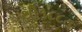
થી૧૮૮૩